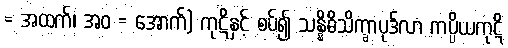
= အထက်၊ အဝ = အောက်) ကုဋိနှင့် စပ်၍ သန္နိဓိသိက္ခာပုဒ်လာ ကပ္ပိယကုဋိ